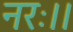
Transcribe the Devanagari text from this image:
नरः।।